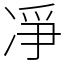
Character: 凈